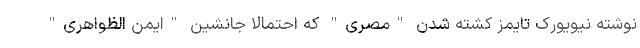
نوشته نیویورک تایمز کشته شدن "مصری" که احتمالا جانشین "ایمن الظواهری"